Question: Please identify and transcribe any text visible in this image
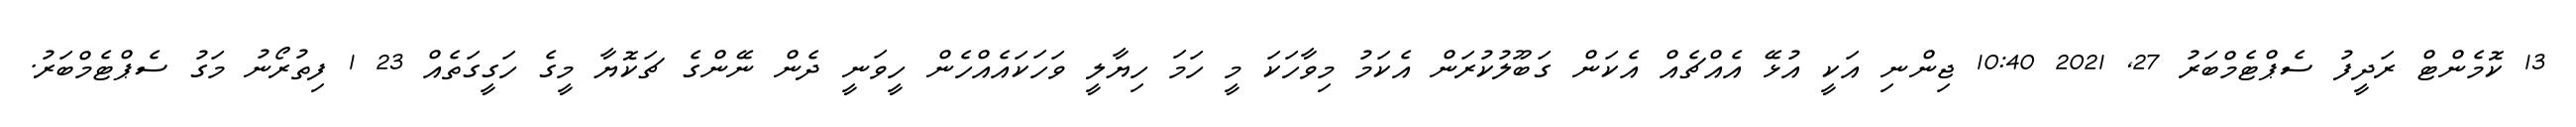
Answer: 13 ކޮމެންޓް ރަދީފު ސެޕްޓެމްބަރު 27, 2021 10:40 ޖިންނި އަކީ އުޅޭ އެއްޗެއް އެކަން ގަބޫލުކުރަން އެކަމު މިވާހަކަ މީ ހަމަ ހިޔާލީ ވަހަކައެއްހެން ހީވަނީ ދެން ނޭންގެ ޗަކޮޔާ މީގެ ހަގީގަތެއް 23 1 ފިތުރޯނު މަގު ސެޕްޓެމްބަރު.